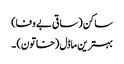
ساکن (ساقی بے وفا)
بہترین ماڈل (خاتون) ۔